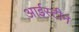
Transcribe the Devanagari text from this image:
आईस्टीन